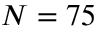
N = 7 5